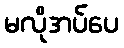
မလိုအပ်ပေ